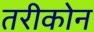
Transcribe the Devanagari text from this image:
तरीकोन